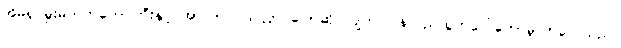
အိမ်ရှင်မှူးမတ်ကတော်ကြီးနှင့် အာလာပ သလ္လာပပြောဆို လျက် ပြန်လည်ထွက်ပေါ်တော်မူလာလေသည်။